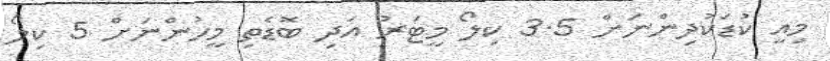
މިއީ ކުޑަކުދިންނަށް 3.5 ކިލޯ މީޓަރު އަދި ބޮޑެތި މީހުންނަށް 5 ކިލޯ